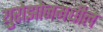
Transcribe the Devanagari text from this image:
युरोझोनमधील